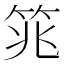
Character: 筄